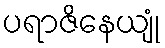
ပရာဇိနေယျုံ